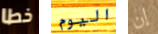
خطا اليوم إن